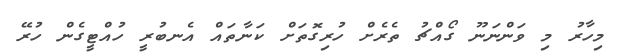
މިހާރު މި ވަންނަނޫ ގޯއްޗު ތެރެށް ހުރިގޮތަށް ކަނާތައް އެނބުރީ ހުއްޓީގެން ހުރޭ